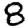
Digit: 8